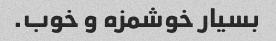
بسیار خوشمزه و خوب.